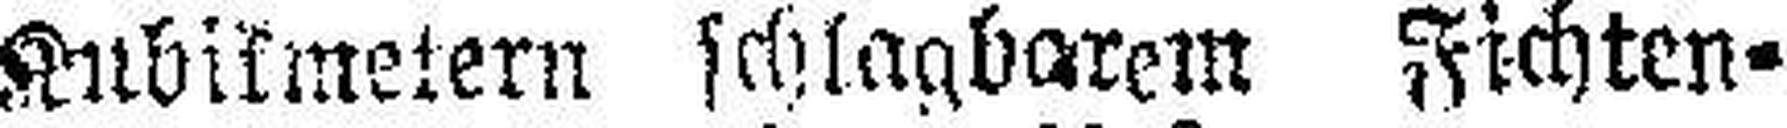
Kubikmetern schlagbarem Fichten¬